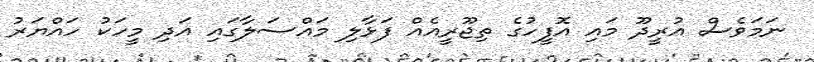
ނަމަވެސް އުރީދޫ މައި އޮފީހުގެ ތިޖޫރީއެއް ފަޅާލި މައްސަލާގައި އަދި މީހަކު ހައްޔަރު